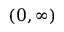
( 0 , \infty )